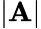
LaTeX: |\mathbf{A}|